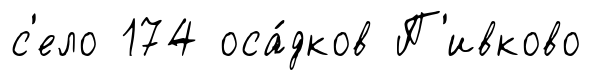
с'ело 174 оса́дков П'ивково